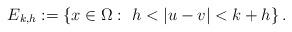
LaTeX: \begin{align*}E_{k,h} := \left\{x \in \Omega: \ h < |u - v| < k+h \right\}.\end{align*}